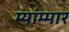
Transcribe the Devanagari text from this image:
म्यांम्मार